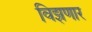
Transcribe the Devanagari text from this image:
विझणार